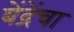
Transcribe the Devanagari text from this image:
बेंद्रेंचा